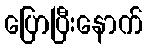
ပြောပြီးနောက်